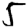
Digit: 5